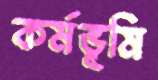
কর্মভূমি